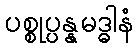
ပစ္စုပ္ပန္နမဒ္ဓါနံ